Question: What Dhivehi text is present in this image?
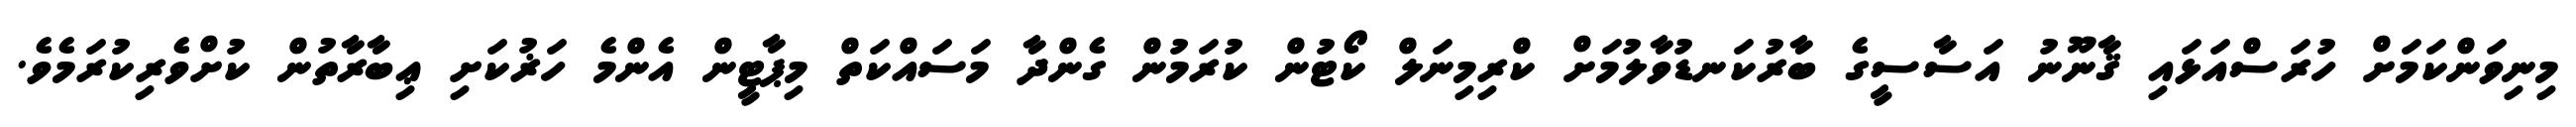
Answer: މިނިވަންކަމަށް ހުރަސްއަޅައި ޤާނޫނު އަސާސީގެ ބާރުކަނޑުވާލުމަށް ކްރިމިނަލް ކޯޓުން ކުރަމުން ގެންދާ މަސައްކަތް މިޕާޓީން އެންމެ ހަޜުކަށި ޢިބާރާތުން ކުށްވެރިކުރަމެވެ.